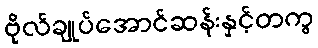
ဗိုလ်ချုပ်အောင်ဆန်းနှင့်တကွ